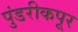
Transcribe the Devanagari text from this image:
पुंडरीकपूर